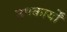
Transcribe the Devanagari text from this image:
उपकार्यों